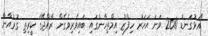
"އަޅުގަނޑު 2010 ވަނަ އަހަރު ހިފްޒު އިމްތިހާނުގައި ބައިވެރިވެގެން ރާއްޖޭގެ ކީރިތި ގުރުއާނާ